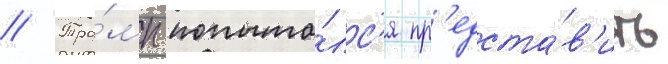
// Тра́мп попыта́лс'я пр'едста́в'ить